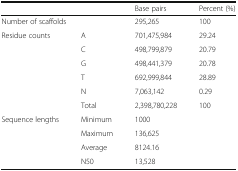
| <COLSPAN=2>  | Base pairs | Percent (%) |
 | --- | --- | --- | --- |
 | <COLSPAN=2> Number of scaffolds | 295,265 | 100 |
 | <ROWSPAN=6> Residue counts | A | 701,475,984 | 29.24 |
 | C | 498,799,879 | 20.79 |
 | G | 498,441,379 | 20.78 |
 | T | 692,999,844 | 28.89 |
 | N | 7,063,142 | 0.29 |
 | Total | 2,398,780,228 | 100 |
 | <ROWSPAN=4> Sequence lengths | Minimum | 1000 |  |
 | Maximum | 136,625 |  |
 | Average | 8124.16 |  |
 | N50 | 13,528 |  |